Annual statistical returns and brief notes on vaccination in Bengal - 1887-1898
Year: 1887
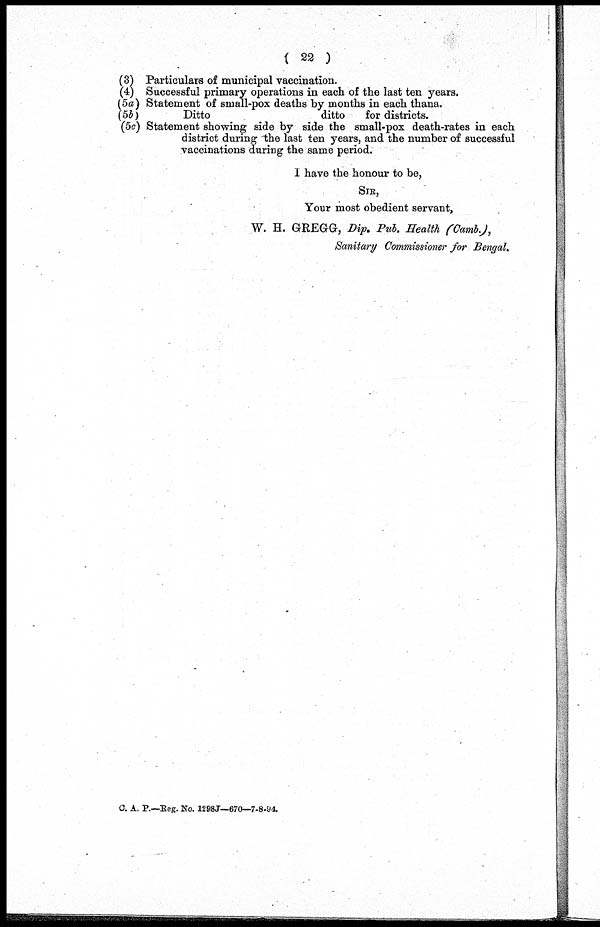
( 22 )
(3) Particulars of municipal vaccination.
(4) Successful primary operations in each of the last ten years.
(5a) Statement of small-pox deaths by months in each thana.
(5b)
Ditto
ditto
for districts.
(5c) Statement showing side by side the small-pox death-rates in each
district during the last ten years, and the number of successful
vaccinations during the same period.
I have the honour to be,
SIR,
Your most obedient servant,
W. H. GREGG, Dip. Pub. Health (Camb.),
Sanitary Commissioner for Bengal.
C. A. P.—Reg. No. 1298J—670—7-8-94.